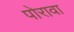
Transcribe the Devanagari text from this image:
पोरावा